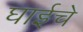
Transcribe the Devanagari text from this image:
घाईचे